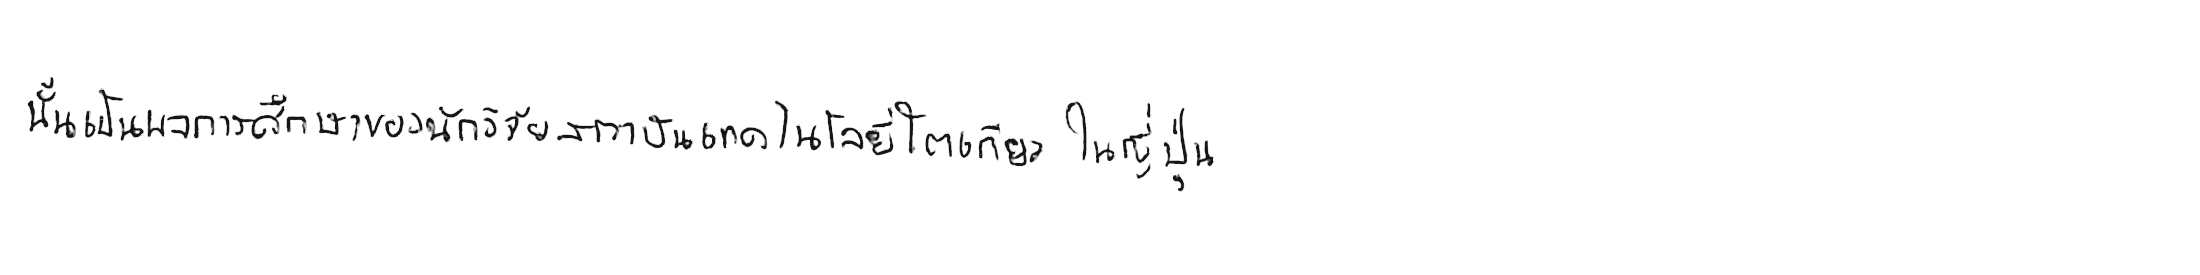
นั่นเป็นผลการศึกษาของนักวิจัยสถาบันเทคโนโลยีโตเกียว ในญี่ปุ่น